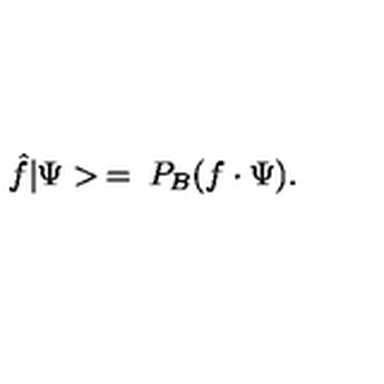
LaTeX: \hat { f } | \Psi > \: = \: P _ { B } ( f \cdot \Psi ) .